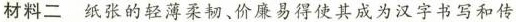
材料二 纸张的轻薄柔韧、价廉易得使其成为汉字书写和传